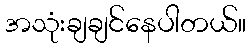
အသုံးချချင်နေပါတယ်။